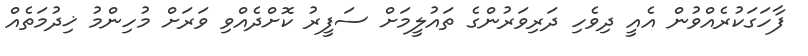
ފާހަގަކުރެއްވުން އެއީ ދިވެހި ދަރިވަރުންގެ ތައުލީމަށް ސަފީރު ކޮށްދެއްވި ވަަރަށް މުހިންމު ޚިދުމަތެއް